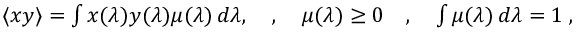
\begin{array} { r } { \langle x y \rangle = \int x ( \lambda ) y ( \lambda ) \mu ( \lambda ) \, d \lambda , \quad , \quad \mu ( \lambda ) \ge 0 \quad , \quad \int \mu ( \lambda ) \, d \lambda = 1 \; , } \end{array}